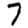
Digit: 7